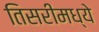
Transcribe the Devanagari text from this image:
तिसरीमध्ये